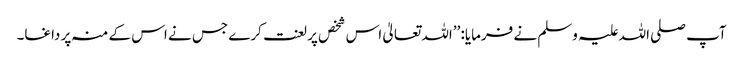
آپ صلی اللہ علیہ وسلم نے فرمایا: ’’اللہ تعالیٰ اس شخص پر لعنت کرے جس نے اس کے منہ پر داغا۔